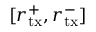
[ { r } _ { \mathrm { t x } } ^ { + } , { r } _ { \mathrm { t x } } ^ { - } ]